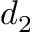
d _ { 2 }